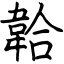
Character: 韐